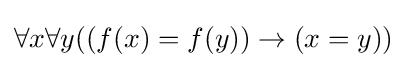
\forall x\forall y((f(x)=f(y))\to (x=y))